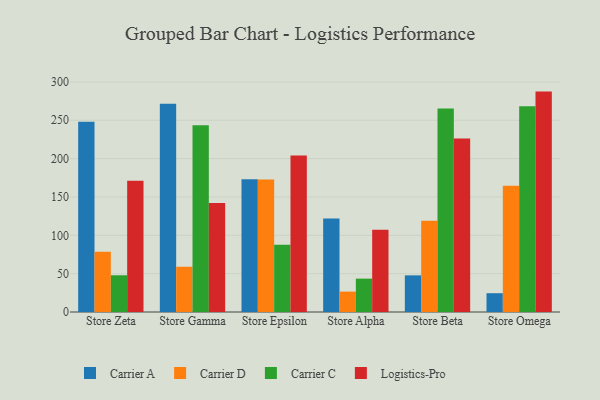
{"axis": {"x": "Store", "y": "Budget (USD K)"}, "legend": ["Carrier A", "Carrier C", "Carrier D", "Logistics-Pro"], "data": [{"x": "Store Zeta", "y": 248.1, "type": "Carrier A"}, {"x": "Store Zeta", "y": 78.5, "type": "Carrier D"}, {"x": "Store Zeta", "y": 47.9, "type": "Carrier C"}, {"x": "Store Zeta", "y": 171.0, "type": "Logistics-Pro"}, {"x": "Store Gamma", "y": 271.7, "type": "Carrier A"}, {"x": "Store Gamma", "y": 59.0, "type": "Carrier D"}, {"x": "Store Gamma", "y": 243.6, "type": "Carrier C"}, {"x": "Store Gamma", "y": 142.0, "type": "Logistics-Pro"}, {"x": "Store Epsilon", "y": 173.0, "type": "Carrier A"}, {"x": "Store Epsilon", "y": 172.8, "type": "Carrier D"}, {"x": "Store Epsilon", "y": 87.8, "type": "Carrier C"}, {"x": "Store Epsilon", "y": 204.1, "type": "Logistics-Pro"}, {"x": "Store Alpha", "y": 122.0, "type": "Carrier A"}, {"x": "Store Alpha", "y": 26.6, "type": "Carrier D"}, {"x": "Store Alpha", "y": 43.5, "type": "Carrier C"}, {"x": "Store Alpha", "y": 107.2, "type": "Logistics-Pro"}, {"x": "Store Beta", "y": 47.8, "type": "Carrier A"}, {"x": "Store Beta", "y": 118.9, "type": "Carrier D"}, {"x": "Store Beta", "y": 265.2, "type": "Carrier C"}, {"x": "Store Beta", "y": 226.2, "type": "Logistics-Pro"}, {"x": "Store Omega", "y": 24.5, "type": "Carrier A"}, {"x": "Store Omega", "y": 164.7, "type": "Carrier D"}, {"x": "Store Omega", "y": 268.4, "type": "Carrier C"}, {"x": "Store Omega", "y": 287.4, "type": "Logistics-Pro"}]}